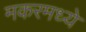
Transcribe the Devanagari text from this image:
मकरमध्ये